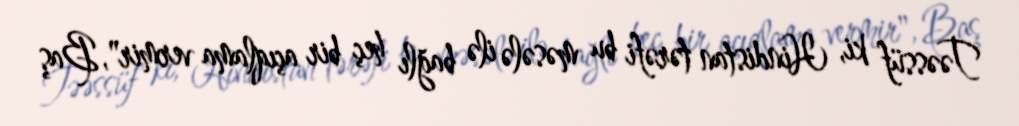
Təəssüf ki, Hindistan tərəfi bu məsələ ilə bağlı heç bir açıqlama vermir", Baş